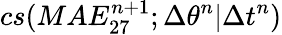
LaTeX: cs(MAE_{27}^{n+1};\Delta\theta^{n}|\Delta t^{n})